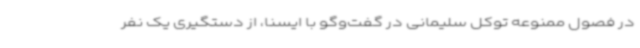
در فصول ممنوعه توکل سلیمانی در گفت‌وگو با ایسنا، از دستگیری یک نفر